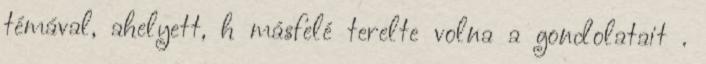
témával, ahelyett, h másfelé terelte volna a gondolatait .